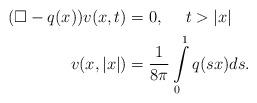
LaTeX: \begin{align*}\begin{aligned}(\Box - q(x))v(x,t)&=0,\ \ \ \ t>\lvert x\rvert\\v(x,\lvert x\rvert)&=\frac{1}{8\pi}\int\limits_{0}^{1}q(sx)ds.\end{aligned}\end{align*}